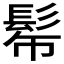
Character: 𩬓